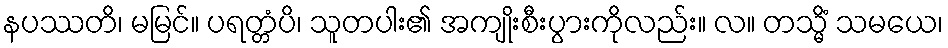
နပဿတိ၊ မမြင်။ ပရတ္တံပိ၊ သူတပါး၏ အကျိုးစီးပွားကိုလည်း။ လ။ တသ္မိံ သမယေ၊